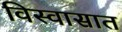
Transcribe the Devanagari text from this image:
विस्वासात